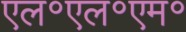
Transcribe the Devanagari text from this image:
एल॰एल॰एम॰